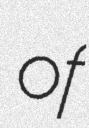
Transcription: of